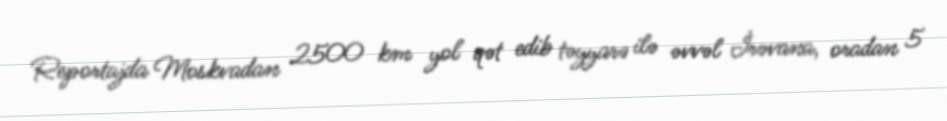
Reportajda Moskvadan 2500 km yol qət edib təyyarə ilə əvvəl İrəvana, oradan 5